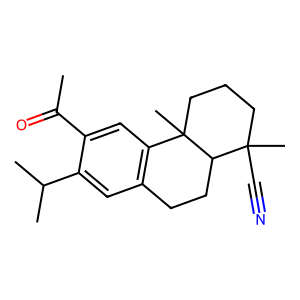
SMILES: CC(=O)c1cc2c(cc1C(C)C)CCC1C(C)(C#N)CCCC21C
Inhibits HIV replication: No